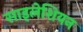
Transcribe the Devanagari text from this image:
साइलेशियन